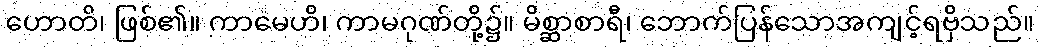
ဟောတိ၊ ဖြစ်၏။ ကာမေဟိ၊ ကာမဂုဏ်တို့၌။ မိစ္ဆာစာရီ၊ ဘောက်ပြန်သောအကျင့်ရဗှိသည်။